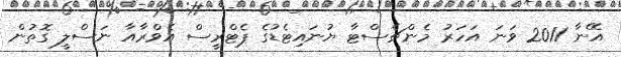
އޭނާ 2011 ވަނަ އަހަރު މެންޗެސްޓާ ޔުނައިޓެޑުގެ ޕެޓްރީސް އެވްރާއާ ނަސްލީ ގޮތުން